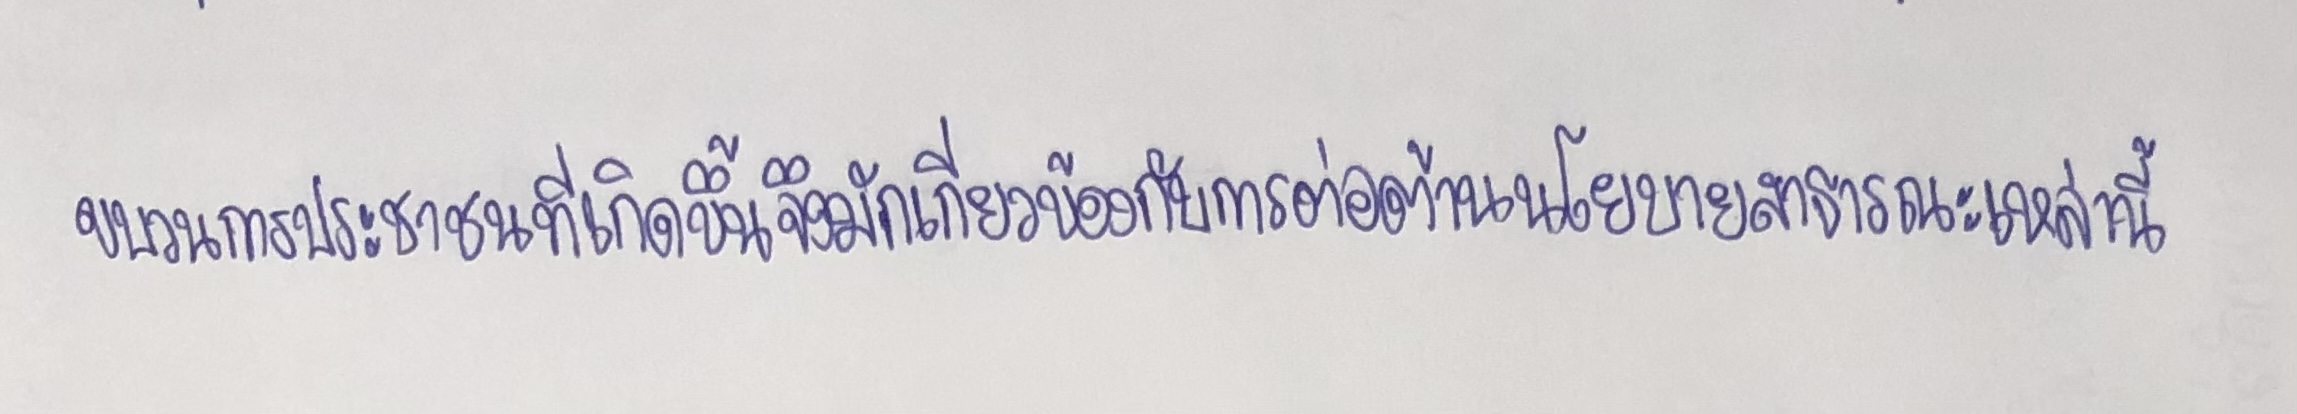
ขบวนการประชาชนที่เกิดขึ้นจึงมักเกี่ยวข้องกับกับการต่อต้านนโยบายสาธารณะเหล่านี้